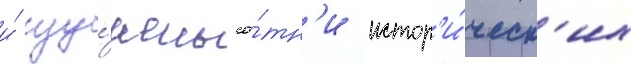
и́ изу́чены со́тн'и истор'и́ческ'их